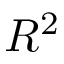
R ^ { 2 }